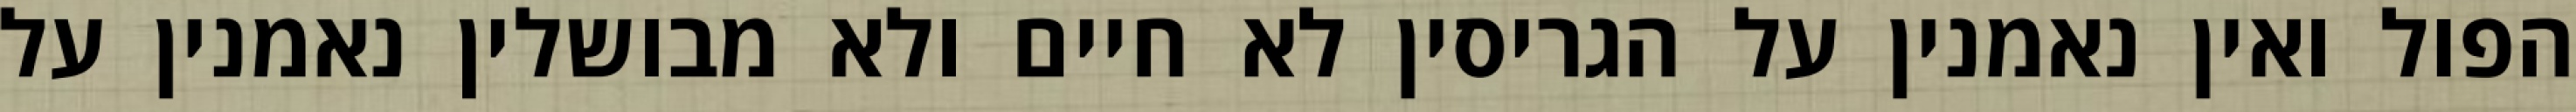
הפול ואין נאמנין על הגריסין לא חיים ולא מבושלין נאמנין על